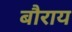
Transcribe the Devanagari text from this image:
बौराय